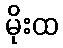
မိုးထ